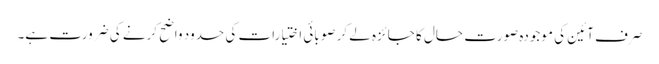
صرف آئین کی موجودہ صورت حال کا جائزہ لے کر صوبائی اختیارات کی حدود واضح کرنے کی ضرورت ہے۔